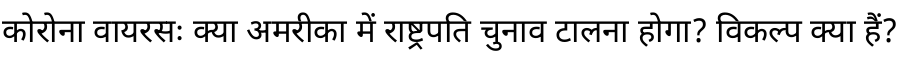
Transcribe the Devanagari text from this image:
कोरोना वायरसः क्या अमरीका में राष्ट्रपति चुनाव टालना होगा? विकल्प क्या हैं?